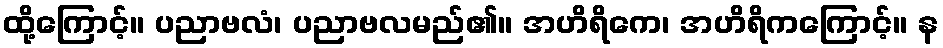
ထို့ကြောင့်။ ပညာဗလံ၊ ပညာဗလမည်၏။ အဟိရိကေ၊ အဟိရိကကြောင့်။ န